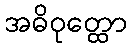
အဓိဝုတ္ထော